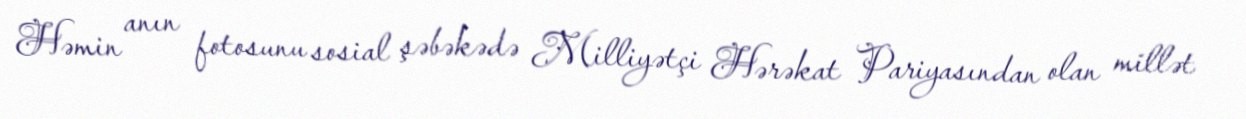
Həmin anın fotosunu sosial şəbəkədə Milliyətçi Hərəkat Pariyasından olan millət